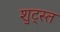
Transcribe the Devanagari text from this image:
शुट्स्त